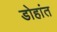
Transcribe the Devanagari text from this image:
डोहांत